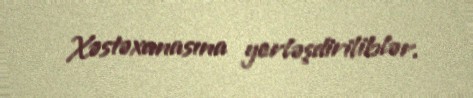
Xəstəxanasına yerləşdiriliblər.